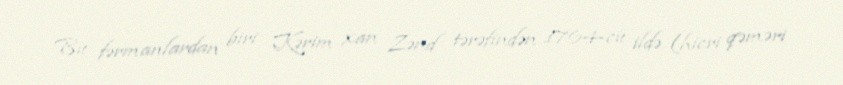
Bu fərmanlardan biri Kərim xan Zənd tərəfindən 1764-cü ildə (hicri qəməri